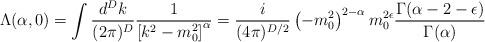
LaTeX: \begin{align*}\Lambda(\alpha, 0)=\int\frac{d^D k}{(2\pi)^D} \frac{1}{\left[ k^2-m_0^2\right]^\alpha}=\frac{i}{(4\pi)^{D/2}}\left(-m_0^2\right)^{2-\alpha} m_0^{2\epsilon}\frac{\Gamma(\alpha-2-\epsilon)}{\Gamma(\alpha)}\end{align*}